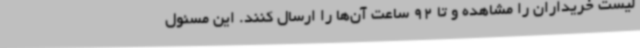
لیست خریداران را مشاهده و تا 92 ساعت آن‌ها را ارسال کنند. این مسئول